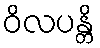
ဝိလပန္တိ